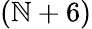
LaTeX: (\mathbb{N}+6)